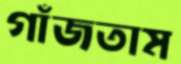
গাঁজতাম